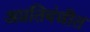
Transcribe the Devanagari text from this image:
अप्रतिबंधीत